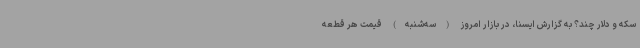
سکه و دلار چند؟ به گزارش ایسنا، در بازار امروز (سه‌شنبه) قیمت هر قطعه